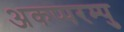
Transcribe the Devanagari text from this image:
अकप्परम्पु